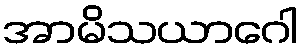
အာမိသယာဂေါ